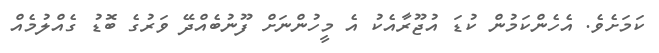
ކަމަށެވެ. އެހެންކަމުން ކުޑަ އުޖޫރާއެކު އެ މީހުންނަށް ފޫނުބެއްދޭ ވަރުގެ ބޮޑު ގެއްލުމެއް